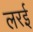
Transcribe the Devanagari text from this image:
लरई